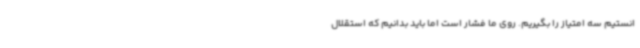
انستیم سه امتیاز را بگیریم. روی ما فشار است اما باید بدانیم که استقلال